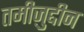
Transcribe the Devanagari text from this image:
तमीज़ुद्दीन